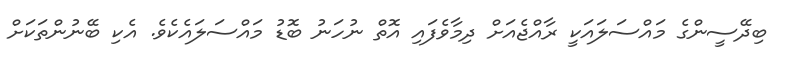
ބިދޭސީންގެ މައްސަލައަކީ ރާއްޖެއަށް ދިމާވެފައި އޮތް ނުހަނު ބޮޑު މައްސަލައެކެވެ. އެކި ބޭނުންތަކަށް